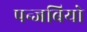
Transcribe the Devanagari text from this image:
पन्जबियो